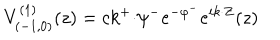
LaTeX: V _ { ( { - } 1 , 0 ) } ^ { ( 1 ) } ( z ) = c k ^ { + } { \cdot } \psi ^ { - } e ^ { - \varphi ^ { - } } e ^ { i k { \cdot } Z } ( z )